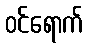
ဝင်ရောက်